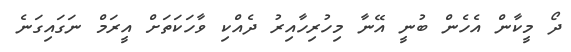
ދޯ މީކާން އެހެން ބުނީ އޭނާ މިހުރިހާއިރު ދެއްކި ވާހަކަތަށް އީރަމް ނަގައިގަނެ